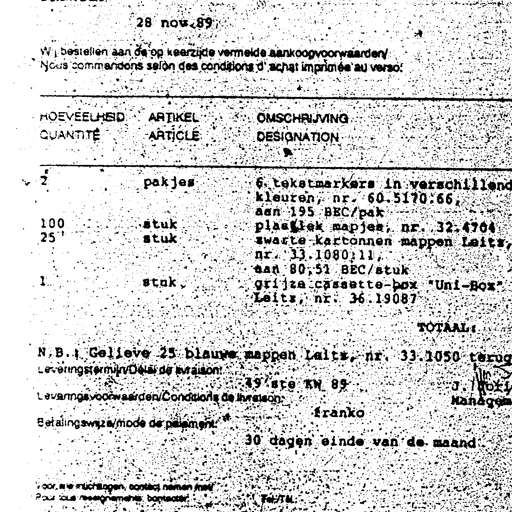
28 nov 89
Wij bestellen aan de op keerzijde vermelde aankoopvoorwaarden
Nous commandons selon des conditions d'achat imprimée au verso
HOEVEELHEID ARTIKEL OMSCHRIJVING
QUANTITE ARTICLE DESIGNATION
2 pakjes 6 tekstmarkers in verschillend
kleuren, nr. 60.5170.66,
aan 195 BEC/pak
100 stuk plastiek mapjes, nr. 32.4704
25 stuk zwarte kartonnen mappen Leitz,
nr. 33.1080.11,
aan 80,51 BEC/stuk
1 stuk grijze cassette-box "Uni-Box"
Leitz, nr. 36.19087
TOTAAL:
N.B.: Gelieve 25 blauwe mappen Leitz, nr. 33.1050 terug
Leveringstermijn/Délai de livraison:
49ste KW 89
Leveringsvoorwaarden/Conditions de livraison:
franko
Betalingswijze/mode de paiement:
30 dagen einde van de maand
voor alle inlichtingen, contact nemen met
Pour tous renseignements, contacter
Tel/Tél: